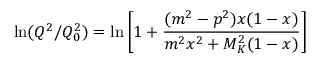
\ln ( Q ^ { 2 } / Q _ { 0 } ^ { 2 } ) = \ln \left[ 1 + \frac { ( m ^ { 2 } - p ^ { 2 } ) x ( 1 - x ) } { m ^ { 2 } x ^ { 2 } + M _ { K } ^ { 2 } ( 1 - x ) } \right]